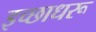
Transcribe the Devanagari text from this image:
इच्छाधरू